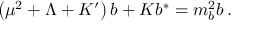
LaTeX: \left( \mu ^ { 2 } + \Lambda + K ^ { \prime } \right) b + K b ^ { * } = m _ { b } ^ { 2 } b \, .